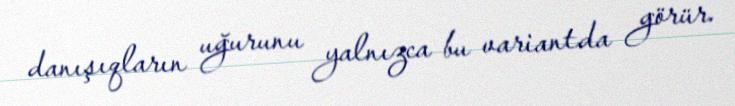
danışıqların uğurunu yalnızca bu variantda görür.